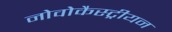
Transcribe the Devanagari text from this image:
नोवोकैस्ट्रीयन